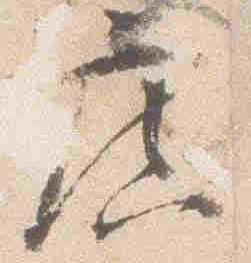
広